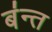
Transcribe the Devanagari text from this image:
ब॑न्त